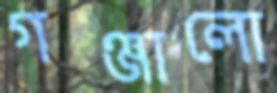
গঞ্জালো